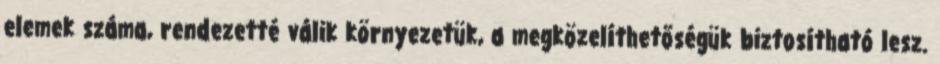
elemek száma, rendezetté válik környezetük, a megközelíthetőségük biztosítható lesz.